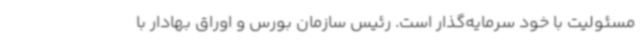
مسئولیت با خود سرمایه‌گذار است. رئیس سازمان بورس و اوراق بهادار با